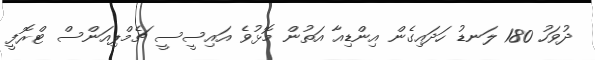
ދުވަހު 180 ލަނޑު ހަދައިގެން އިންޑިއާ އަތުން މޮޅުވެ އައިސީސީ ޗެމްޕިއަންސް ޓްރޮފީ